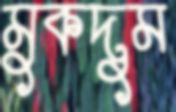
মুকদুম